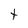
Character: t